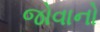
જોવાનો